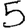
Digit: 5